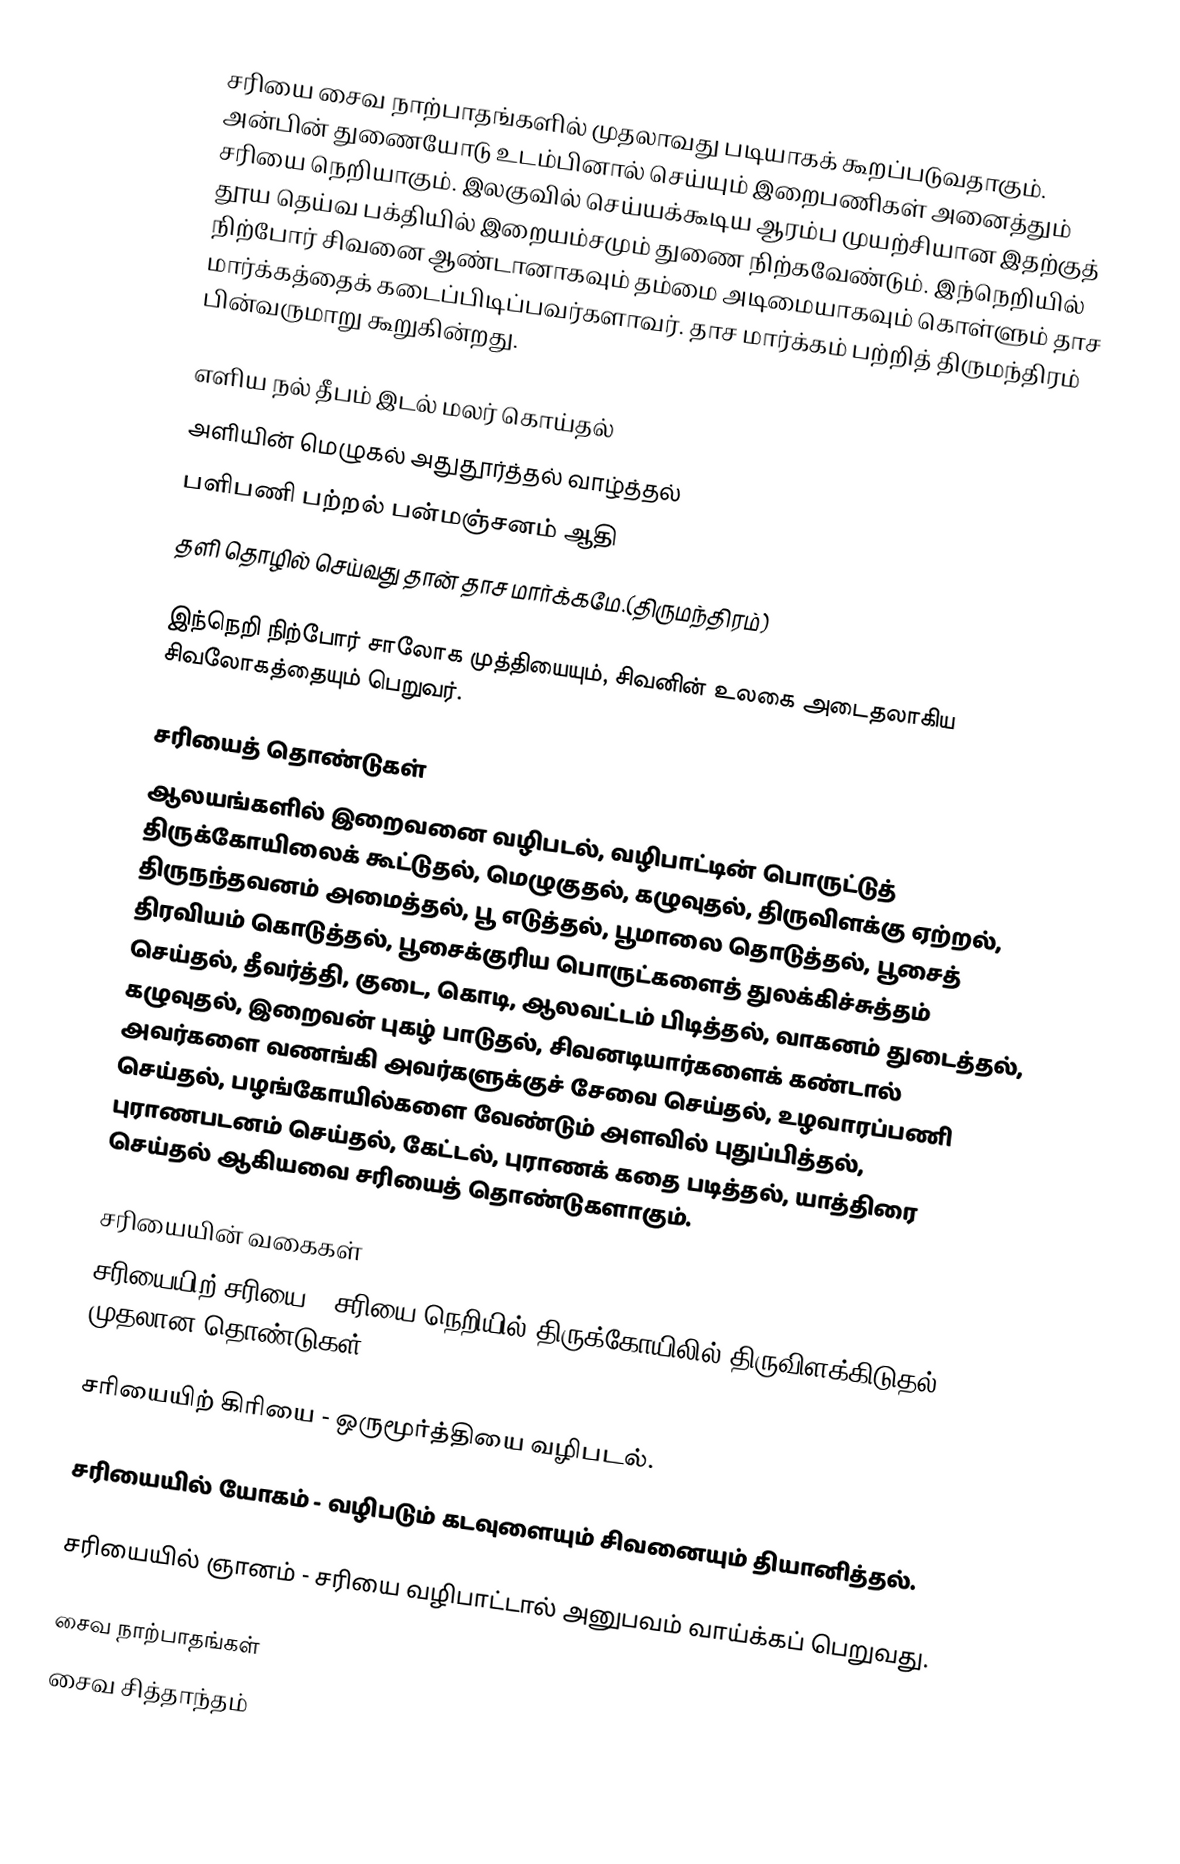
சரியை சைவ நாற்பாதங்களில் முதலாவது படியாகக் கூறப்படுவதாகும். அன்பின் துணையோடு உடம்பினால் செய்யும் இறைபணிகள் அனைத்தும் சரியை நெறியாகும். இலகுவில் செய்யக்கூடிய ஆரம்ப முயற்சியான இதற்குத் தூய தெய்வ பக்தியில் இறையம்சமும் துணை நிற்கவேண்டும். இந்நெறியில் நிற்போர் சிவனை ஆண்டானாகவும் தம்மை அடிமையாகவும் கொள்ளும் தாச மார்க்கத்தைக் கடைப்பிடிப்பவர்களாவர். தாச மார்க்கம் பற்றித் திருமந்திரம் பின்வருமாறு கூறுகின்றது.

எளிய நல் தீபம் இடல் மலர் கொய்தல்
அளியின் மெழுகல் அதுதூர்த்தல் வாழ்த்தல்
பளிபணி பற்றல் பன்மஞ்சனம் ஆதி
தளி தொழில் செய்வது தான் தாச மார்க்கமே.(திருமந்திரம்)

இந்நெறி நிற்போர் சாலோக முத்தியையும், சிவனின் உலகை அடைதலாகிய சிவலோகத்தையும் பெறுவர்.

சரியைத் தொண்டுகள்
ஆலயங்களில் இறைவனை வழிபடல், வழிபாட்டின் பொருட்டுத் திருக்கோயிலைக் கூட்டுதல், மெழுகுதல், கழுவுதல், திருவிளக்கு ஏற்றல், திருநந்தவனம் அமைத்தல், பூ எடுத்தல், பூமாலை தொடுத்தல், பூசைத் திரவியம் கொடுத்தல், பூசைக்குரிய பொருட்களைத் துலக்கிச்சுத்தம் செய்தல், தீவர்த்தி, குடை, கொடி, ஆலவட்டம் பிடித்தல், வாகனம் துடைத்தல், கழுவுதல், இறைவன் புகழ் பாடுதல், சிவனடியார்களைக் கண்டால் அவர்களை வணங்கி அவர்களுக்குச் சேவை செய்தல், உழவாரப்பணி செய்தல், பழங்கோயில்களை வேண்டும் அளவில் புதுப்பித்தல், புராணபடனம் செய்தல், கேட்டல், புராணக் கதை படித்தல், யாத்திரை செய்தல் ஆகியவை சரியைத் தொண்டுகளாகும்.

சரியையின் வகைகள்
 சரியையிற் சரியை - சரியை நெறியில் திருக்கோயிலில் திருவிளக்கிடுதல் முதலான தொண்டுகள்.

 சரியையிற் கிரியை - ஒருமூர்த்தியை வழிபடல்.

 சரியையில் யோகம் - வழிபடும் கடவுளையும் சிவனையும் தியானித்தல்.

 சரியையில் ஞானம் - சரியை வழிபாட்டால் அனுபவம் வாய்க்கப் பெறுவது.

சைவ நாற்பாதங்கள்
சைவ சித்தாந்தம்